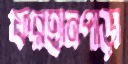
ফরহানপাড়া